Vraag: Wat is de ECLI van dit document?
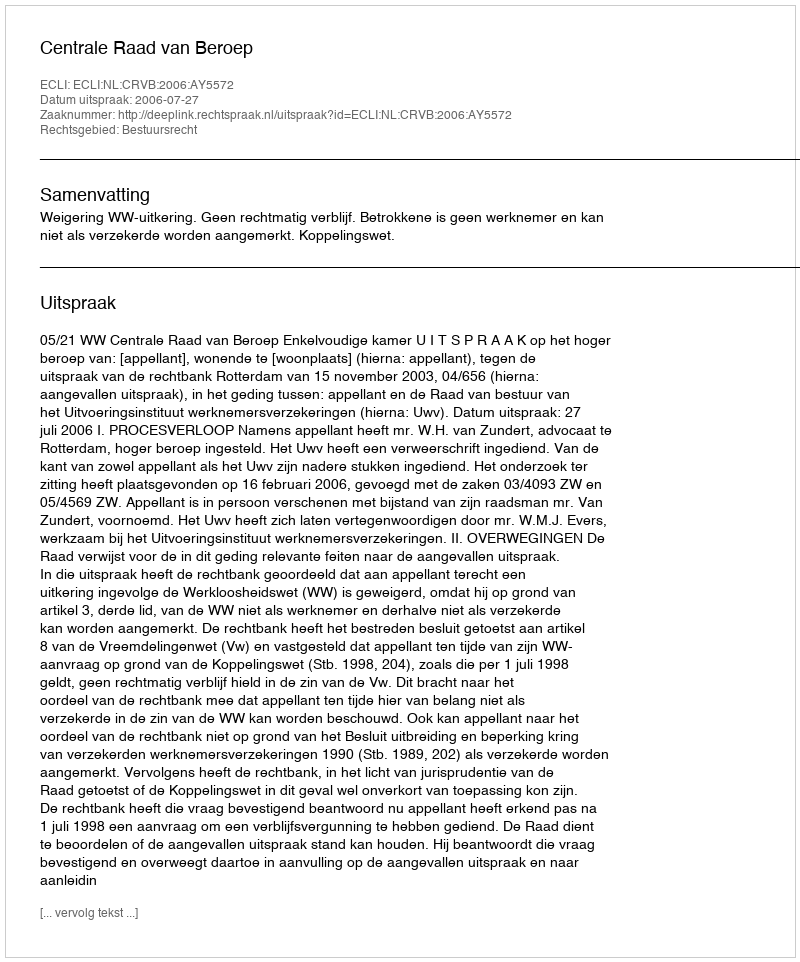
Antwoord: ECLI:NL:CRVB:2006:AY5572